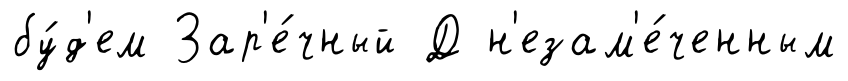
бу́д'ем Зар'е́чный Д н'езам'е́ченным